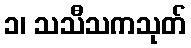
၁၊ သသီသကသုတ်